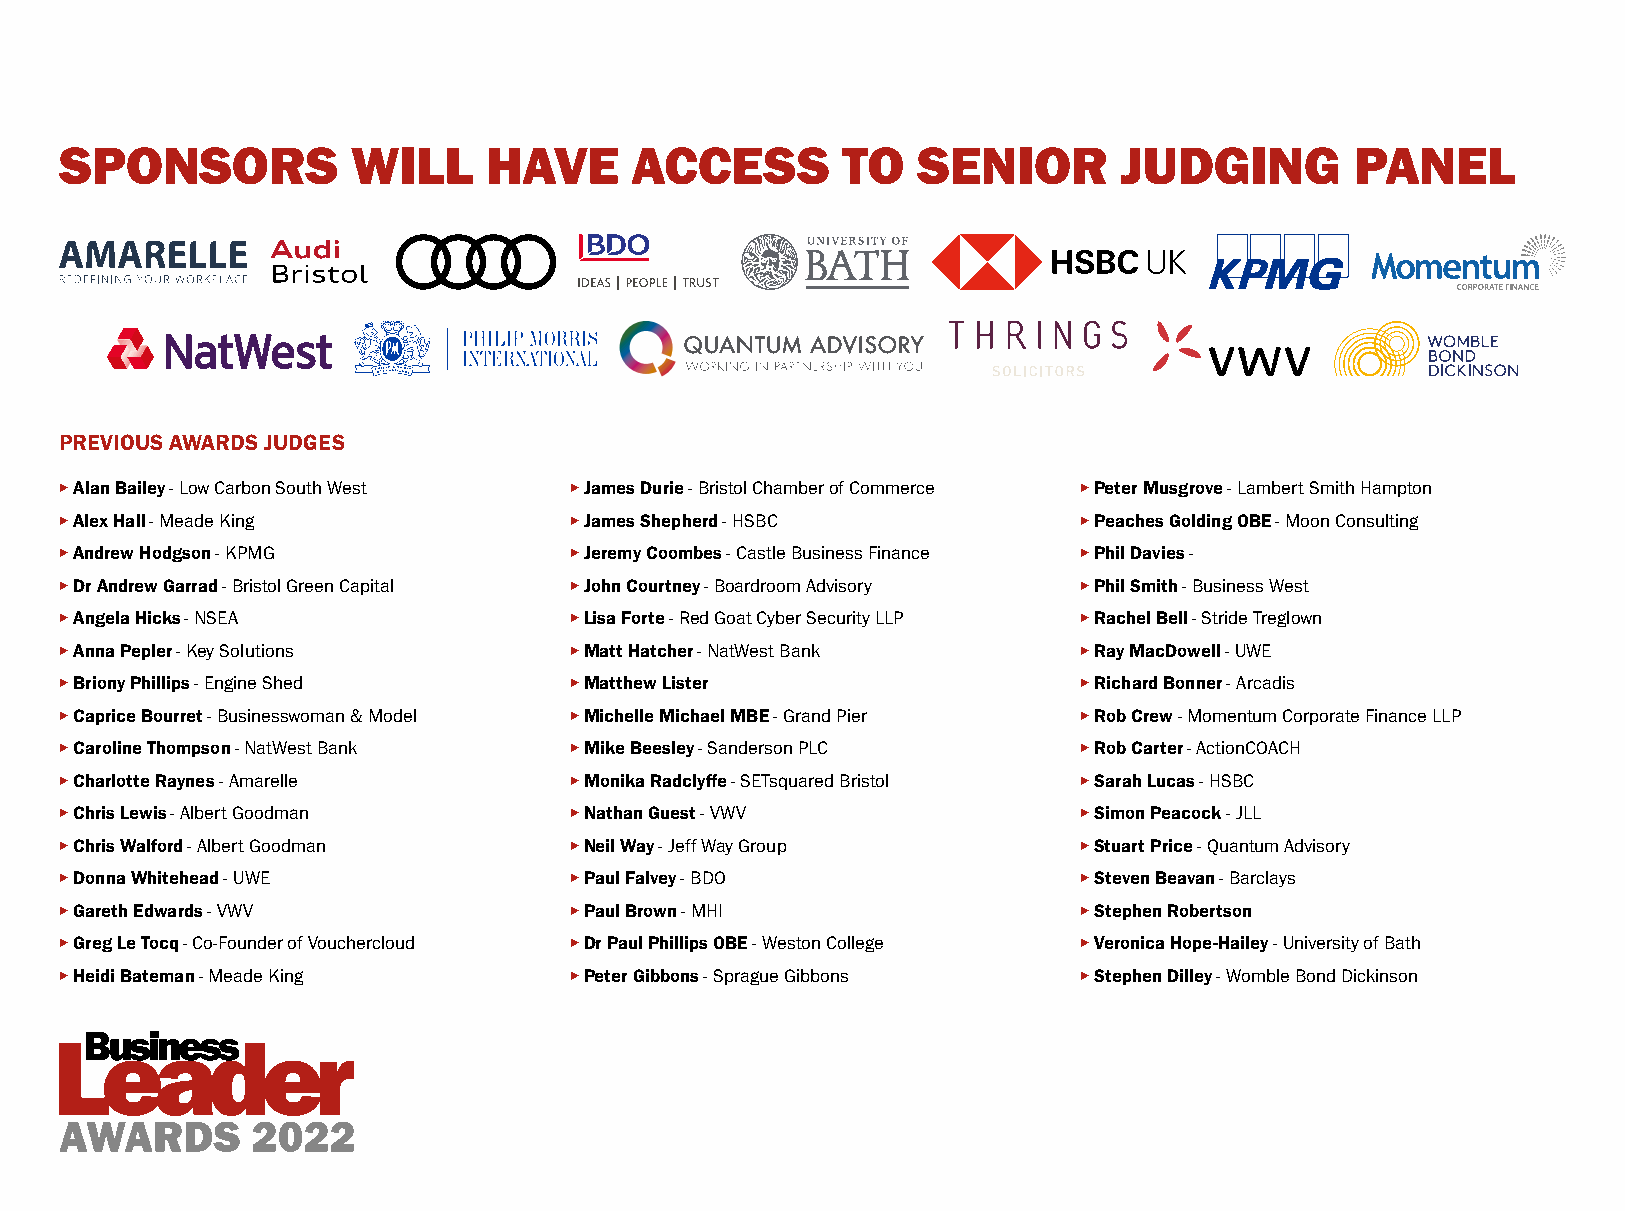
SPONSORS           WILL     HAVE      ACCESS        TO   SENIOR       JUDGING         PANEL
 PREVIOUS AWARDS JUDGES
 ▸ Alan Bailey - Low Carbon South West ▸ James Durie - Bristol Chamber of Commerce ▸ Peter Musgrove - Lambert Smith Hampton
 ▸ Alex Hall - Meade King          ▸ James Shepherd - HSBC          ▸ Peaches Golding OBE - Moon Consulting
 ▸ Andrew Hodgson - KPMG           ▸ Jeremy Coombes - Castle Business Finance ▸ Phil Davies -
 ▸ Dr Andrew Garrad - Bristol Green Capital ▸ John Courtney - Boardroom Advisory ▸ Phil Smith - Business West
 ▸ Angela Hicks - NSEA             ▸ Lisa Forte - Red Goat Cyber Security LLP ▸ Rachel Bell - Stride Treglown
 ▸ Anna Pepler - Key Solutions     ▸ Matt Hatcher - NatWest Bank    ▸ Ray MacDowell - UWE
 ▸ Briony Phillips - Engine Shed   ▸ Matthew Lister                 ▸ Richard Bonner - Arcadis
 ▸ Caprice Bourret - Businesswoman & Model ▸ Michelle Michael MBE - Grand Pier ▸ Rob Crew - Momentum Corporate Finance LLP
 ▸ Caroline Thompson - NatWest Bank ▸ Mike Beesley - Sanderson PLC  ▸ Rob Carter - ActionCOACH
 ▸ Charlotte Raynes - Amarelle     ▸ Monika Radclyffe - SETsquared Bristol ▸ Sarah Lucas - HSBC
 ▸ Chris Lewis - Albert Goodman    ▸ Nathan Guest - VWV             ▸ Simon Peacock - JLL
 ▸ Chris Walford - Albert Goodman  ▸ Neil Way - Jeff Way Group      ▸ Stuart Price - Quantum Advisory
 ▸ Donna Whitehead - UWE           ▸ Paul Falvey - BDO              ▸ Steven Beavan - Barclays
 ▸ Gareth Edwards - VWV            ▸ Paul Brown - MHI               ▸ Stephen Robertson
 ▸ Greg Le Tocq - Co-Founder of Vouchercloud ▸ Dr Paul Phillips OBE - Weston College ▸ Veronica Hope-Hailey - University of Bath
 ▸ Heidi Bateman - Meade King      ▸ Peter Gibbons - Sprague Gibbons ▸ Stephen Dilley - Womble Bond Dickinson